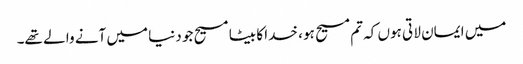
میں ایمان لا تی ہوں کہ تم مسیح ہو ، خدا کا بیٹا مسیح جو دنیا میں آنے وا لے تھے۔